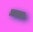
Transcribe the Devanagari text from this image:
ॱ